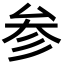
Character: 参